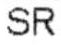
SR